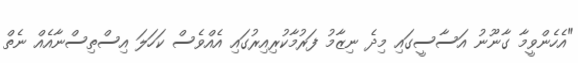
"އެހެންވީމާ ގާނޫނު އަސާސީގައި މިދެ ނިޒާމު ފަރުމާކުރިއިރުގައި އެއްވެސް ކަހަލަ އިސްތިސްނާއެއް ނެތް